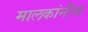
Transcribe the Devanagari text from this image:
मालकांनीच